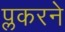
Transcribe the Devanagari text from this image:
प्लकरने